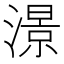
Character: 澋